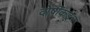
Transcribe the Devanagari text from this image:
दोषींकडून